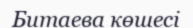
Битаева көшесі